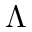
\Lambda